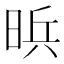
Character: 𱢄